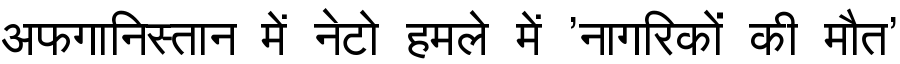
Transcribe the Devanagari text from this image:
अफगानिस्तान में नेटो हमले में 'नागरिकों की मौत'